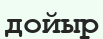
дойыр